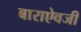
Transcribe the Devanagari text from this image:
बाराऐवजी